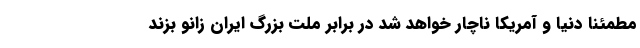
مطمئنا دنیا و آمریکا ناچار خواهد شد در برابر ملت بزرگ ایران زانو بزند